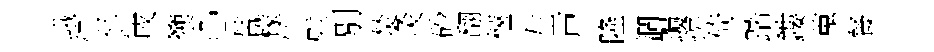
峨忆針戌籞〇替檬怦慰別焚灸砂翻愜左戸隆澗跼揜倚踏鏤蒐餐